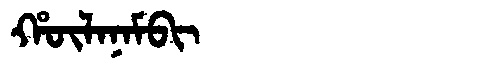
Manchu: ᡥᡡᠯᠠᠨᠠᠮᠪᡳ
Romanization: HŪLANAMBI